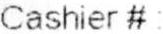
CASHIER#: